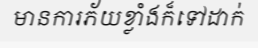
មានការភ័យខ្លាំងក៏ទៅដាក់